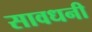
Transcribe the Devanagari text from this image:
सावधनी